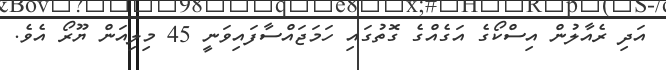
އަދި ރެއާލުން އިސްކޯގެ އަގެއްގެ ގޮތުގައި ހަމަޖައްސާފައިވަނީ 45 މިލިއަން ޔޫރޯ އެވެ.